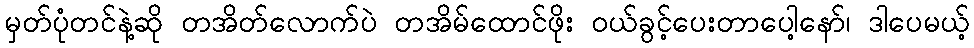
မှတ်ပုံတင်နဲ့ဆို တအိတ်လောက်ပဲ တအိမ်ထောင်ဖိုး ဝယ်ခွင့်ပေးတာပေါ့နော်၊ ဒါပေမယ့်